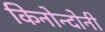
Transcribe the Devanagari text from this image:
किनोन्दोनी